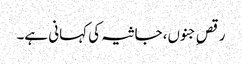
رقصِ جنوں، جاثیہ کی کہانی ہے۔